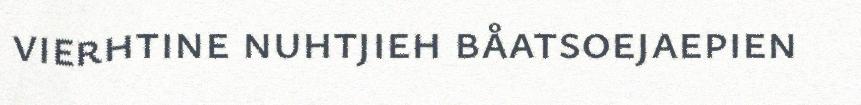
vierhtine nuhtjieh båatsoejaepien